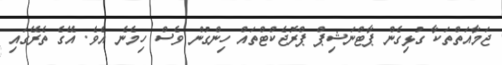
ޖަމާއަތްތަކާ ގުޅިގެން ޕާޓްނަޝިޕް ޕްރޮޖެކްޓްތައް ހިންގުން ވެސް ހިމެނެ އެވެ. އޭގެ ތެރޭގައި